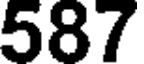
587